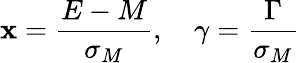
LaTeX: \mathbf{x}=\frac{{E-M}}{{\sigma_{M}}},~~~~\gamma=\frac{{\Gamma}}{{\sigma_{M}}}